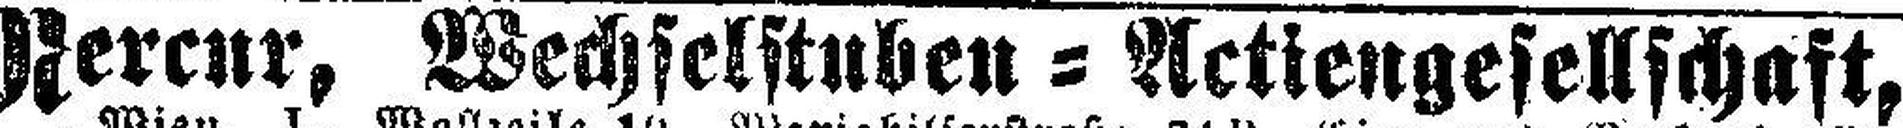
Mercur, Wechselstuben = Actiengesellschaft,